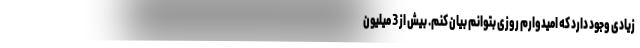
زیادی وجود دارد که امیدوارم روزی بتوانم بیان کنم. بیش از 3 میلیون